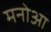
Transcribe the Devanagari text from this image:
मनोआ